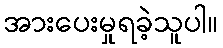
အားပေးမှုရခဲ့သူပါ။